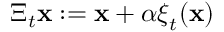
\Xi _ { t } { \mathbf { x } } : = { \mathbf { x } } + \alpha \boldsymbol { \xi } _ { t } ( { \mathbf { x } } )